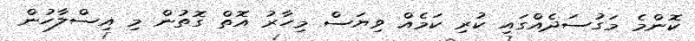
ކޮންމެ މަގުސަދެއްގައި ކުރި ކަމެއް ވިޔަސް މިހާރު އޮތް ގޮތުން މި އިސްލާހުން